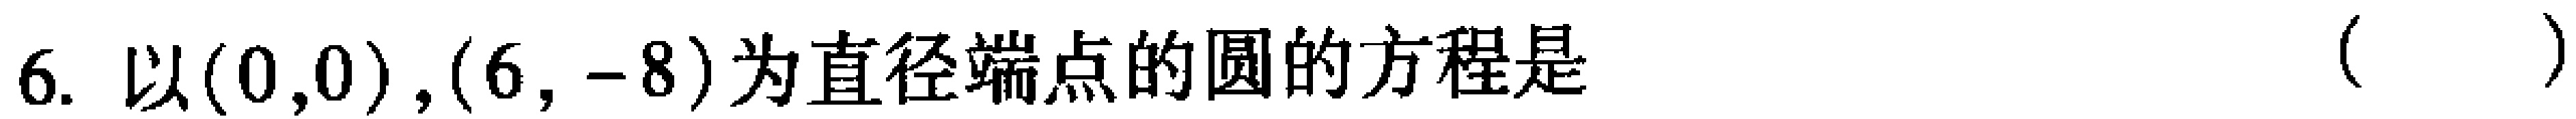
6. 以\((0,0),(6,-8)\)为直径端点的圆的方程是 （  ）